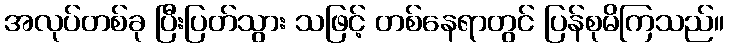
အလုပ်တစ်ခု ပြီးပြတ်သွား သဖြင့် တစ်နေရာတွင် ပြန်စုမိကြသည်။